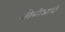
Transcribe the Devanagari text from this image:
ओळीआधी